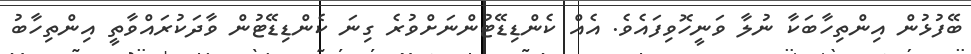
ބޭފުޅުން އިންތިހާބަކާ ނުލާ ވަނީހޮވިފައެވެ. އެއް ކެންޑިޑޭޓުންނަށްވުރެ ގިނަ ކެންޑިޑޭޓުން ވާދަކުރައްވާތީ އިންތިހާބު